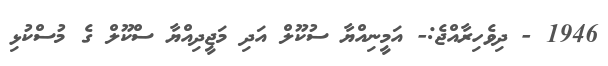
1946 - ދިވެހިރާއްޖެ:- އަމީނިއްޔާ ސުކޫލް އަދި މަޖީދިއްޔާ ސްކޫލް ގެ މުސްކުޅި